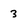
Character: 3